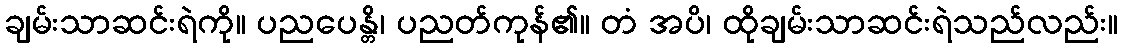
ချမ်းသာဆင်းရဲကို။ ပညပေန္တိ၊ ပညတ်ကုန်၏။ တံ အပိ၊ ထိုချမ်းသာဆင်းရဲသည်လည်း။